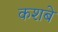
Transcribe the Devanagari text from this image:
कशबे